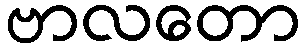
ဗာလတော